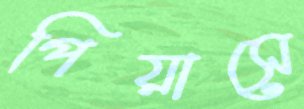
পিয়াসে